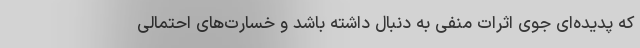
که پدیده‌ای جوی اثرات منفی به دنبال داشته باشد و خسارت‌های احتمالی